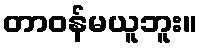
တာဝန်မယူဘူး။